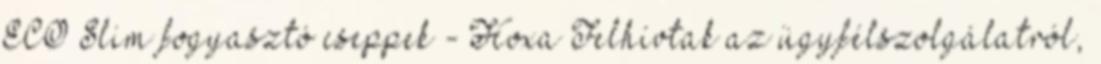
ECO Slim fogyasztó cseppek - Hoxa Felhívtak az ügyfélszolgálatról,